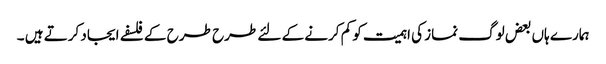
ہمارے ہاں بعض لوگ نماز کی اہمیت کو کم کرنے کے لئے طرح طرح کے فلسفے ایجاد کرتے ہیں ۔